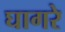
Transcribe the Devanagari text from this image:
घागरे